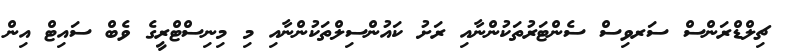
ޗިލްޑްރަންސް ސަރވިސް ސެންޓަރުތަކުންނާއި ރަށު ކައުންސިލްތަކުންނާއި މި މިނިސްޓްރީގެ ވެބް ސައިޓް އިން